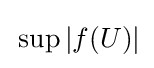
\,\sup |f(U)|